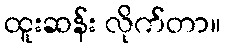
ထူးဆန်း လိုက်တာ။